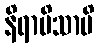
နိရာမိသာပိ